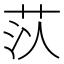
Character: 𦮟